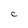
Character: C